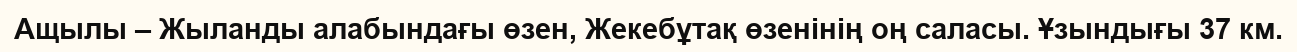
Ащылы – Жыланды алабындағы өзен, Жекебұтақ өзенінің оң саласы. Ұзындығы 37 км.